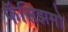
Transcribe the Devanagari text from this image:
फॅसिझमो